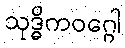
သုဒ္ဓိကဝဂ္ဂေါ